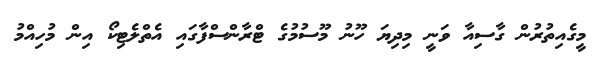
މީގެއިތުރުން ގާސިއާ ވަނީ މިދިޔަ ހޫނު މޫސުމުގެ ޓްރާންސްފާގައި އެތްލެޓިކޯ އިން މުހިއްމު